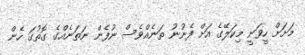
މަށަށް ހީވަނީ މިކަލޭގެ އަށް ފެނުނު ތަނެއްވެސް ނުފެން ނަތަނެއްގެ ގޮތުގަ ހެން